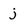
Character: j